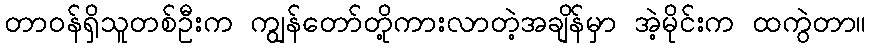
တာဝန်ရှိသူတစ်ဦးက ကျွန်တော်တို့ကားလာတဲ့အချိန်မှာ အဲ့မိုင်းက ထကွဲတာ။